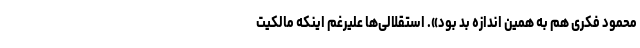
محمود فکری هم به همین اندازه بد بود». استقلالی‌ها علیرغم اینکه مالکیت